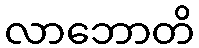
လာဘောတိ